Leningradi_Edasi_toimetus, lk 36
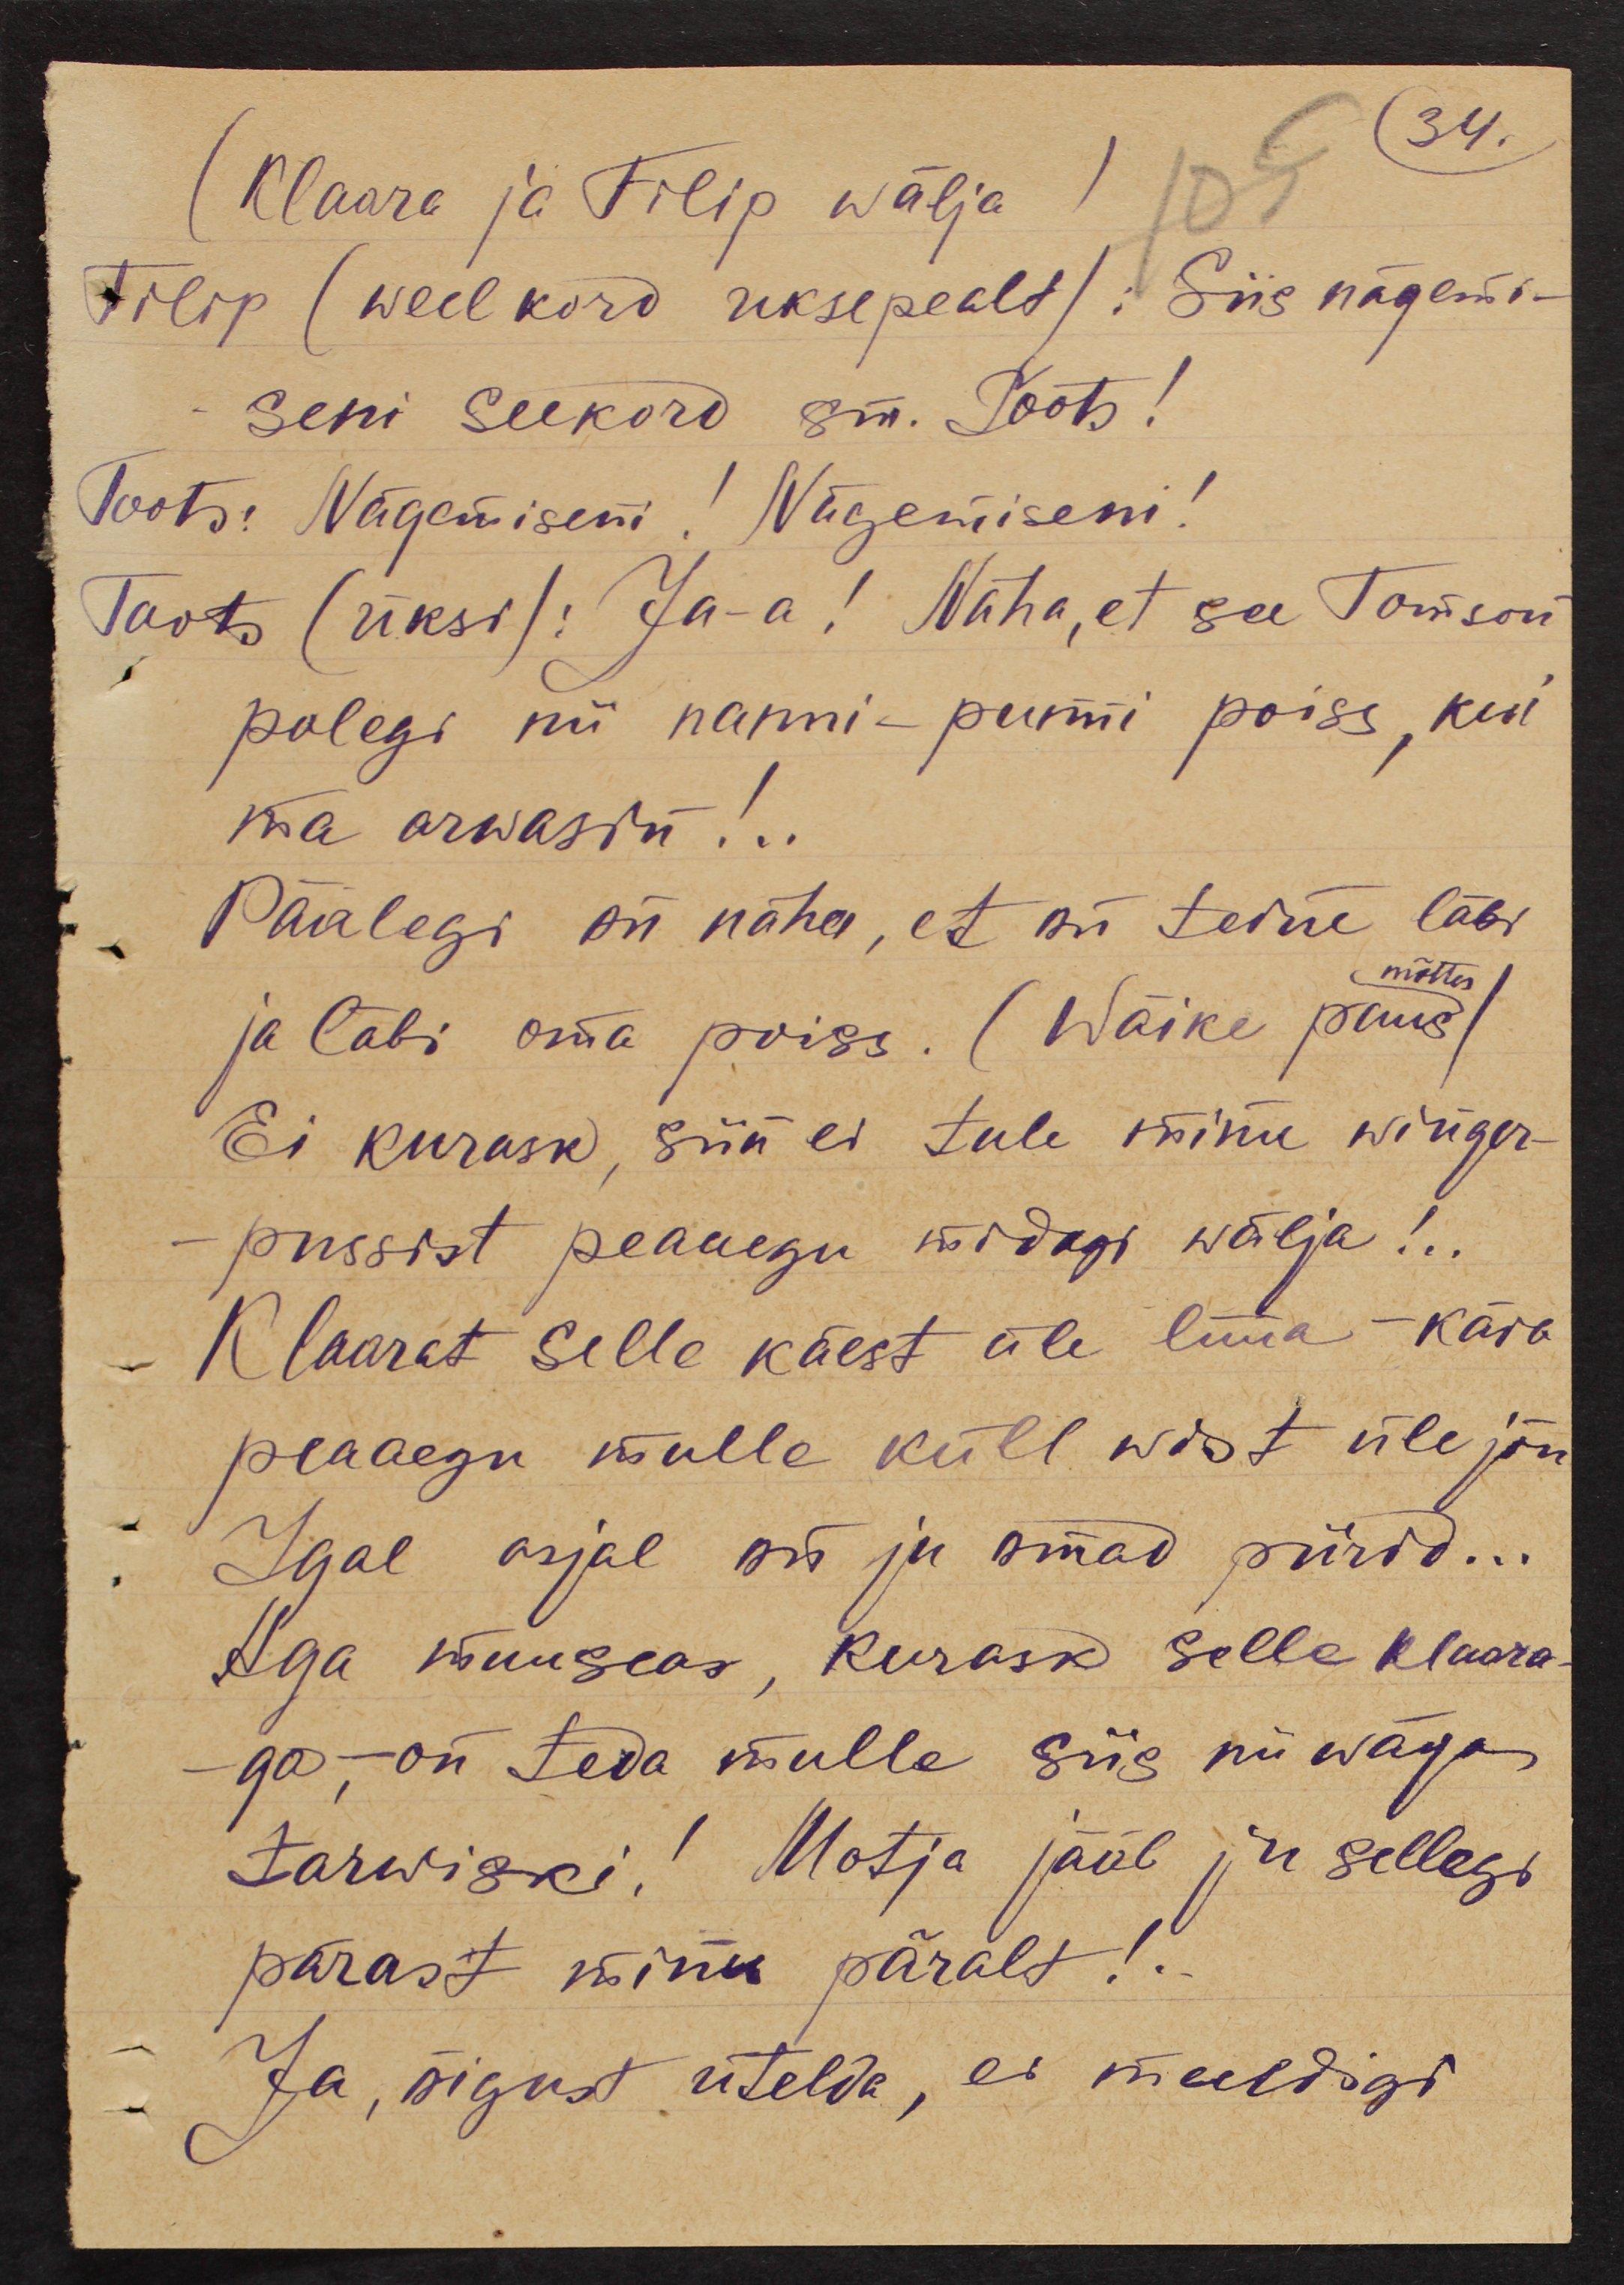
34.
(Klaara ja Filip wälja) 105
Filip (weel kord uksepealt): Siis nägemi-
seni seekord sm. Toots!
Toots: Nägemiseni! Nägemiseni!
Toots (üksi): Ja-a! Näha, et see Tomson
polegi nii nanni-punni poiss, kui
ma arwasin!..
Päälegi on näha, et on teine läbi
ja läbi oma poiss. (Wäike paus)/
mõttes
Ei kurask, siin ei tule minu winger-
pussist peaaegu midagi wälja!..
Klaarat selle käest üle lüüa - käsk
peaaegu mulle küll wist üle jõu
Igal asjal on ju omad piirid...
Aga muuseas, kurask selle Klaara-
ga,-on teda mulle siis nii wäga
tarwiski! Motja jääb ju sellegi
pärast minu päralt!..
Ja, õigust ütelda, ei meeldigi